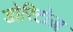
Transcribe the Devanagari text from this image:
डोरिटोज़